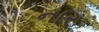
નાર